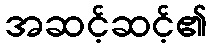
အဆင့်ဆင့်၏